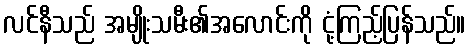
လင်နီသည် အမျိုးသမီး၏အလောင်းကို ငုံ့ကြည့်ပြန်သည်။